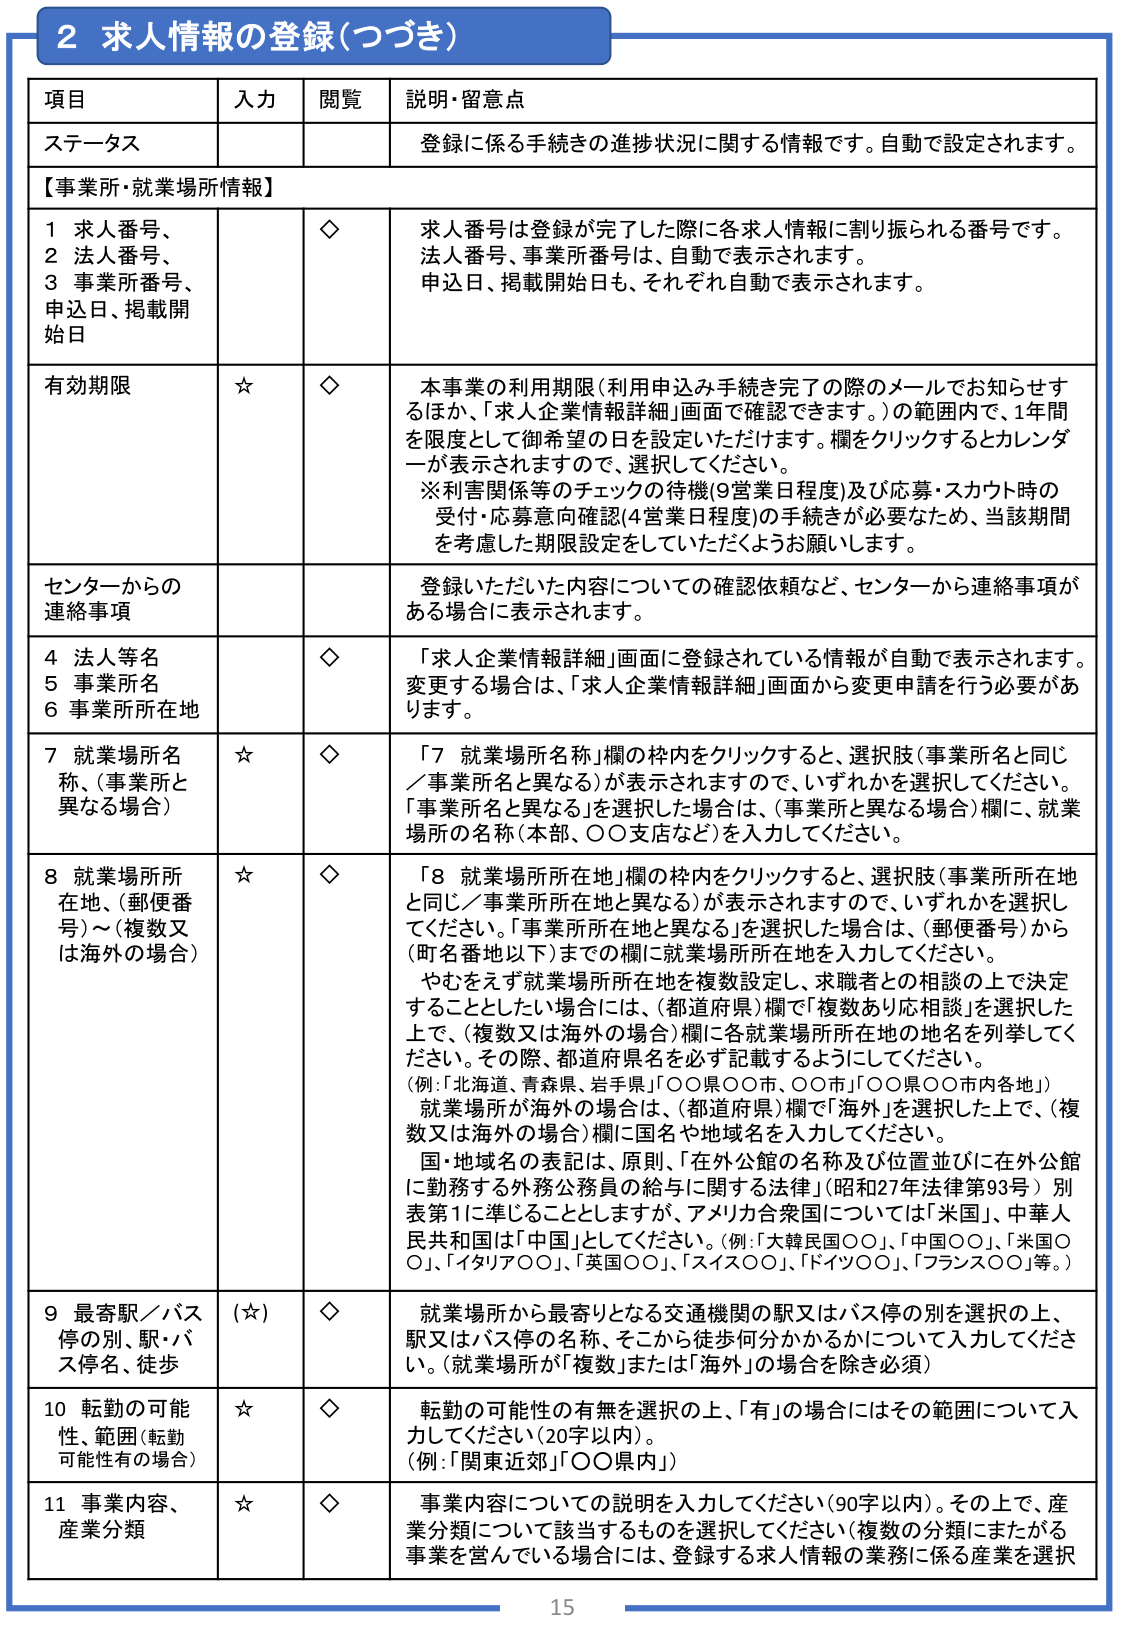
2 求人情報の登録（つづき）

項目 入力 閲覧 説明・留意点

ステータス 登録に係る手続きの進捗状況に関する情報です。自動で設定されます。

【事業所・就業場所情報】

1 求人番号、
2 法人番号、
3 事業所番号、
申込日、掲載開始日 ◇ 求人番号は登録が完了した際に各求人情報に割り振られる番号です。
法人番号、事業所番号は、自動で表示されます。
申込日、掲載開始日も、それぞれ自動で表示されます。

有効期限 ☆ ◇ 本事業の利用期限（利用申込み手続き完了の際のメールでお知らせするほか、「求人企業情報詳細」画面で確認できます。）の範囲内で、1年間を限度として御希望の日を設定いただけます。欄をクリックするとカレンダーが表示されますので、選択してください。
※利害関係等のチェックの待機（9営業日程度）及び応募・スカウト時の受付・応募意向確認（4営業日程度）の手続きが必要なため、当該期間を考慮した期限設定をしていただくようお願いします。

センターからの連絡事項 登録いただいた内容についての確認依頼など、センターから連絡事項がある場合に表示されます。

4 法人等名
5 事業所名
6 事業所所在地 ◇ 「求人企業情報詳細」画面に登録されている情報が自動で表示されます。変更する場合は、「求人企業情報詳細」画面から変更申請を行う必要があります。

7 就業場所名称、（事業所と異なる場合） ☆ ◇ 「7 就業場所名称」欄の枠内をクリックすると、選択肢（事業所名と同じ／事業所名と異なる）が表示されますので、いずれかを選択してください。
「事業所名と異なる」を選択した場合は、（事業所と異なる場合）欄に、就業場所の名称（本部、○○支店など）を入力してください。

8 就業場所所在地、（郵便番号）～（複数又は海外の場合） ☆ ◇ 「8 就業場所所在地」欄の枠内をクリックすると、選択肢（事業所所在地と同じ／事業所所在地と異なる）が表示されますので、いずれかを選択してください。「事業所所在地と異なる」を選択した場合は、（郵便番号）から（町名番地以下）までの欄に就業場所所在地を入力してください。
やむをえず就業場所所在地を複数設定し、求職者との相談の上で決定することとしたい場合には、（都道府県）欄で「複数あり応相談」を選択した上で、（複数又は海外の場合）欄に各就業場所所在地の地名を列挙してください。その際、都道府県名を必ず記載するようにしてください。
（例：「北海道、青森県、岩手県」「○○県○○市、○○市」「○○県○○市内各地」）
就業場所が海外の場合は、（都道府県）欄で「海外」を選択した上で、（複数又は海外の場合）欄に国名や地域名を入力してください。
国・地域名の表記は、原則、「在外公館の名称及び位置並びに在外公館に勤務する外務公務員の給与に関する法律（昭和27年法律第93号）別表第1に準じることとしますが、アメリカ合衆国については「米国」、中華人民共和国は「中国」としてください。（例：「大韓民国○○」、「中国○○」、「米国○○」、「イタリア○○」、「英国○○」、「スイス○○」、「ドイツ○○」、「フランス○○」等。）

9 最寄駅／バス停の別、駅・バス停名、徒歩 （☆） ◇ 就業場所から最寄りとなる交通機関の駅又はバス停の別を選択の上、駅又はバス停の名称、そこから徒歩何分かかるかについて入力してください。（就業場所が「複数」または「海外」の場合は除き必須）

10 転勤の可能性、範囲（転勤可能性有の場合） ☆ ◇ 転勤の可能性の有無を選択の上、「有」の場合にはその範囲について入力してください（20字以内）。
（例：「関東近郊」「○○県内」）

11 事業内容、産業分類 ☆ ◇ 事業内容についての説明を入力してください（90字以内）。その上で、産業分類について該当するものを選択してください（複数の分類にまたがる事業を営んでいる場合には、登録する求人情報の業務に係る産業を選択

15